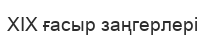
XIX ғасыр заңгерлері